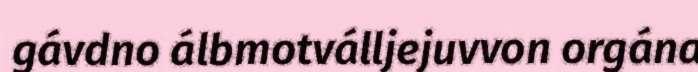
gávdno álbmotválljejuvvon orgána